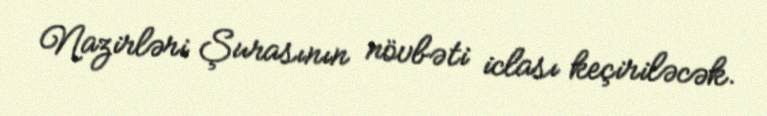
Nazirləri Şurasının növbəti iclası keçiriləcək.